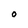
Character: O